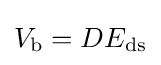
V_{\text{b}}=DE_{\text{ds}}